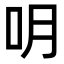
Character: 𠯲